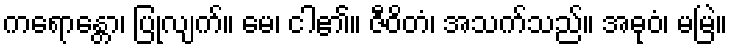
ကရောန္တော၊ ပြုလျက်။ မေ၊ ငါ၏။ ဇီဝိတံ၊ အသက်သည်။ အဓုဝံ၊ မမြဲ။